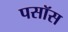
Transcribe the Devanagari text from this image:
पसॉस